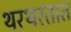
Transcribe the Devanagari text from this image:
थरथरतात